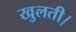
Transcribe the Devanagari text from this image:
खुलती।